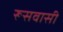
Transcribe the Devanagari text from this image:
रूसवासी